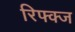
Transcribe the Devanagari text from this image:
रिफ्क्ज